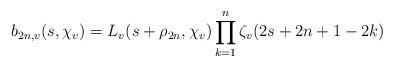
LaTeX: \begin{align*}b_{2n,v}(s,\chi_v) = L_v(s + \rho_{2n},\chi_v) \prod_{k=1}^n \zeta_v(2s+2n+1-2k)\end{align*}